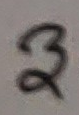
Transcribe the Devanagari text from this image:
३